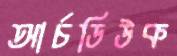
আর্চডিউক